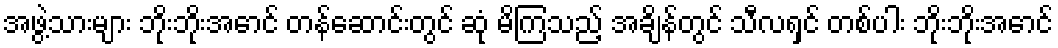
အဖွဲ့သားများ ဘိုးဘိုးအောင် တန်ဆောင်းတွင် ဆုံ မိကြသည့် အချိန်တွင် သီလရှင် တစ်ပါး ဘိုးဘိုးအောင်